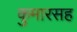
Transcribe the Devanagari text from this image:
कुमारसह